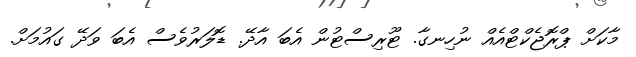
މާކަށް ޕްރޮޖެކްޓްއެއް ނުހިނގާ. ޓޫރިސްޓުން އެބަ އާދޭ. ޑޮލަރުވެސް އެބަ ވަދޭ ގައުމަށް.